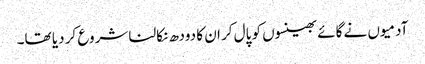
آدمیوں نے گائے بھینسوں کو پال کر ان کا دودھ نکالنا شروع کر دیا تھا۔